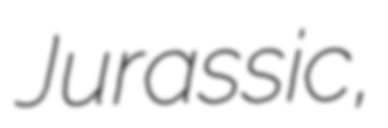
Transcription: Jurassic,